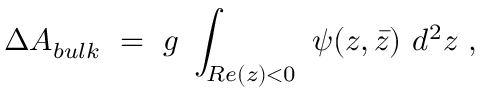
\Delta A _ { b u l k } ~ = ~ g ~ \int _ { { \cal R } e ( z ) < 0 } ~ \psi ( z , \bar { z } ) ~ d ^ { 2 } z \ ,